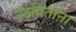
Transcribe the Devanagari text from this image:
उठविताना